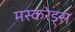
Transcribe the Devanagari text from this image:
मस्करेड्स